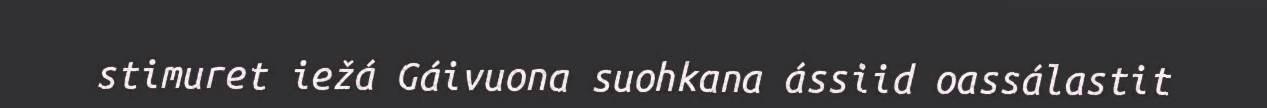
stimuret iežá Gáivuona suohkana ássiid oassálastit